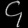
Digit: ၄